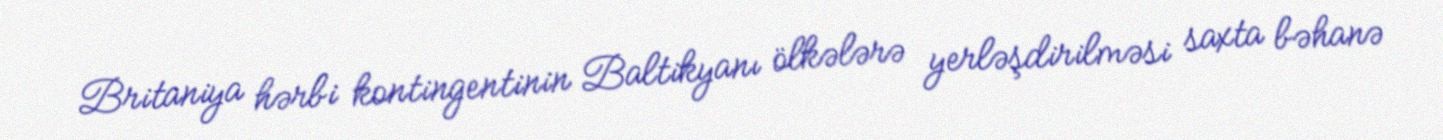
Britaniya hərbi kontingentinin Baltikyanı ölkələrə yerləşdirilməsi saxta bəhanə